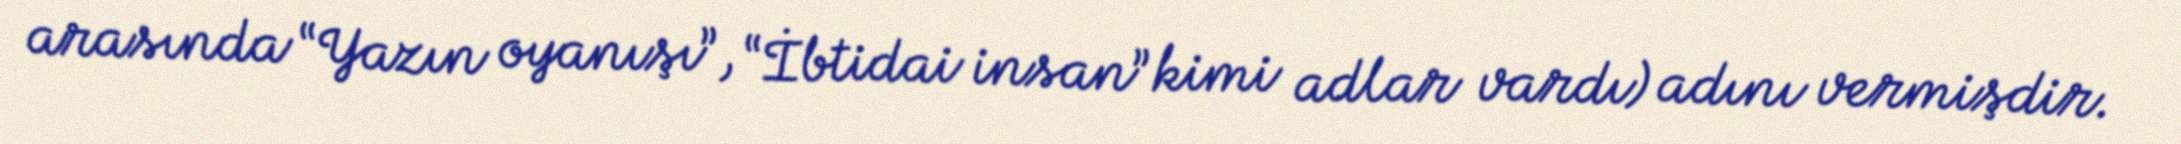
arasında “Yazın oyanışı”, “İbtidai insan” kimi adlar vardı) adını vermişdir.